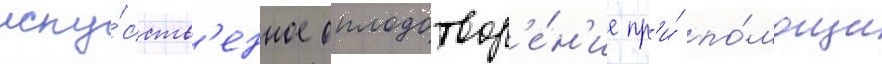
иску́сств'енное оплодотвор'е́н'ие пр'и́ по́мощи